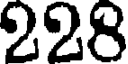
228